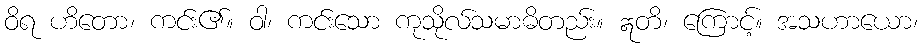
ဝိရ ဟိတော၊ ကင်း၏။ ဝါ၊ ကင်းသော ကုသိုလ်သမာဓိတည်း။ ဣတိ၊ ကြောင့်။ အသဟာယော၊